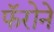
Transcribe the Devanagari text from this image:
फॅरोने